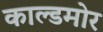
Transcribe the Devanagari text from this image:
काल्डमोर